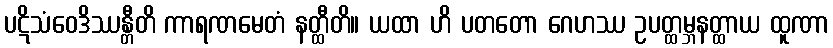
ပဋိသံဝေဒိဿန္တီတိ ကာရဏမေတံ နတ္ထီတိ။ ယထာ ဟိ ပတတော ဂေဟဿ ဥပတ္ထမ္ဘနတ္ထာယ ထူဏာ